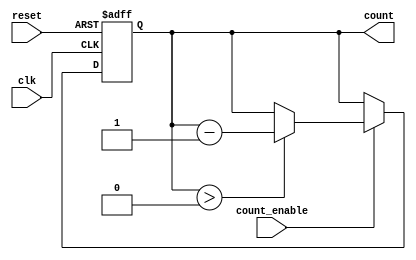
module binary_down_counter (
    input wire clk,          // Clock signal
    input wire reset,        // Asynchronous reset signal
    input wire count_enable, // Count enable signal
    output reg [N-1:0] count // Output count value
);

parameter N = 4; // Number of bits for the counter (change as needed)
localparam MAX_COUNT = (1 << N) - 1; // Maximum count value (2^N - 1)

always @(posedge clk or posedge reset) begin
    if (reset) begin
        count <= MAX_COUNT; // Reset to maximum count value
    end else if (count_enable) begin
        if (count > 0) begin
            count <= count - 1; // Decrement the counter
        end
    end
end

endmodule